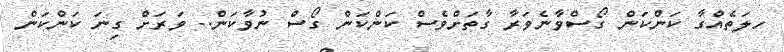
ހލަތެއްގާ ކަންކަން ގޯސްވާނެވަރާ ގާތަށްވެސް ކަންކަން ގޯސް ނުވާކަން.. ވަރަށް ގިނަ ކަންކަން